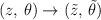
LaTeX: \begin{align*}(z,\,\theta)\rightarrow ({\tilde z},\,{\tilde \theta})\end{align*}